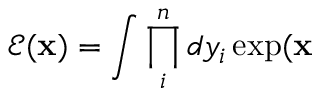
\mathcal { E } ( \mathbf { x } ) = \int \prod _ { i } ^ { n } d y _ { i } \exp ( \mathbf { x }